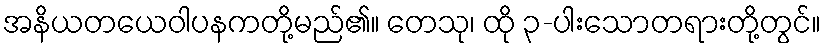
အနိယတယေဝါပနကတို့မည်၏။ တေသု၊ ထို ၃-ပါးသောတရားတို့တွင်။